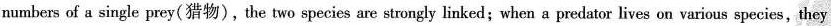
numbers of a single prey(猎物),the two species are strongly linked;when a predator lives on various species,they